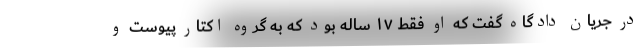
در جریان دادگاه گفت که او فقط ۱۷ ساله بود که به گروه اکتار پیوست و